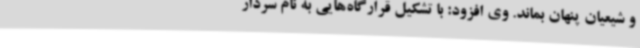
و شیعیان پنهان بماند. وی افزود: با تشکیل قرارگاه‌هایی به نام سردار